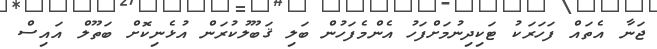
ޖަނާ އެތައް ފަހަރަކު ޓަކިދިނުމަށްފަހު އެންމެފަހުން ބަލި ޤަބޫލުކުރަން އުޅެނިކޮށް ބަތޫލް އައިސް